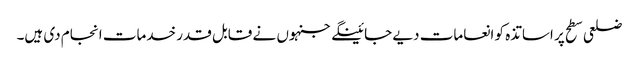
ضلعی سطح پر اساتذہ کو انعامات دیے جائینگے جنہوں نے قابل قدر خدمات انجام دی ہیں۔